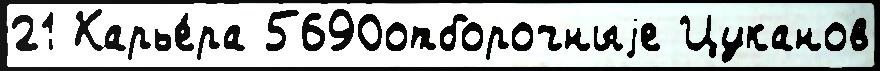
21 Карье́ра 5690отборочныjе Цуканов